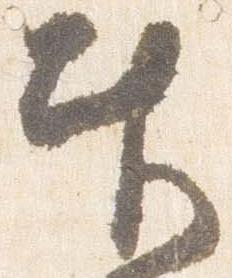
奉